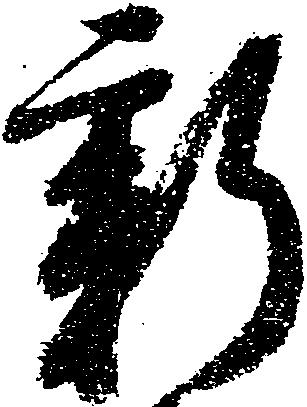
新